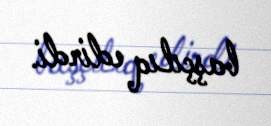
başçılıq edirdi.